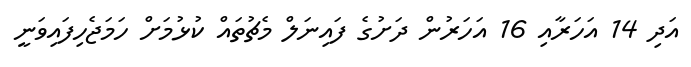
އަދި 14 އަހަރާއި 16 އަހަރުން ދަށުގެ ފައިނަލް މެޗުތައް ކުޅުމަށް ހަމަޖެހިފައިވަނީ